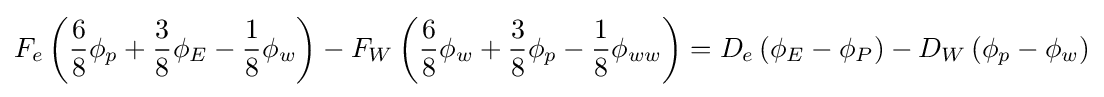
F_{e}\left({\frac {6}{8}}\phi _{p}+{\frac {3}{8}}\phi _{E}-{\frac {1}{8}}\phi _{w}\right)-F_{W}\left({\frac {6}{8}}\phi _{w}+{\frac {3}{8}}\phi _{p}-{\frac {1}{8}}\phi _{ww}\right)=D_{e}\left(\phi _{E}-\phi _{P}\right)-D_{W}\left(\phi _{p}-\phi _{w}\right)